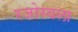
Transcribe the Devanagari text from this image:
रजोस्वला